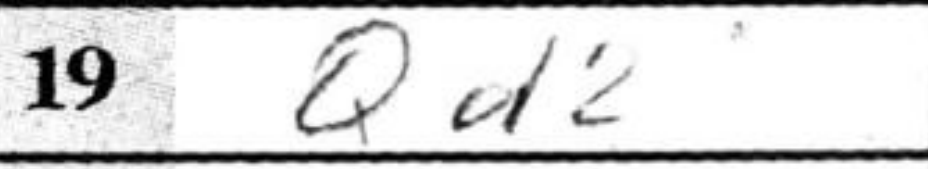
Transcription: Qd2